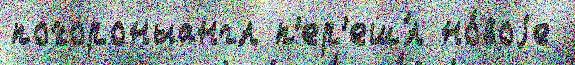
похороныангл п'ер'еш́л но́воjе